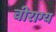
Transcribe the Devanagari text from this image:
वीराग्य